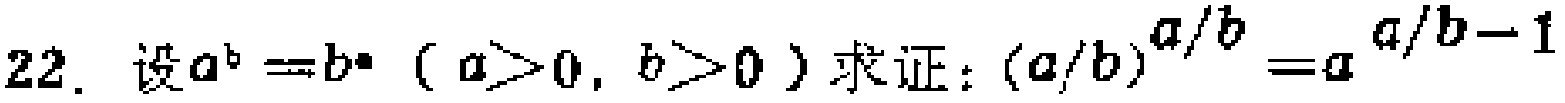
22. 设\(a^{b}=b^{a}\)（\(a > 0\)，\(b > 0\)）求证：\((a/b)^{a/b}=a^{a/b - 1}\)